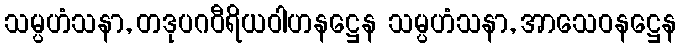
သမ္ပဟံသနာ, တဒုပဂဝီရိယဝါဟနဋ္ဌေန သမ္ပဟံသနာ, အာသေဝနဋ္ဌေန